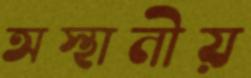
অস্থানীয়